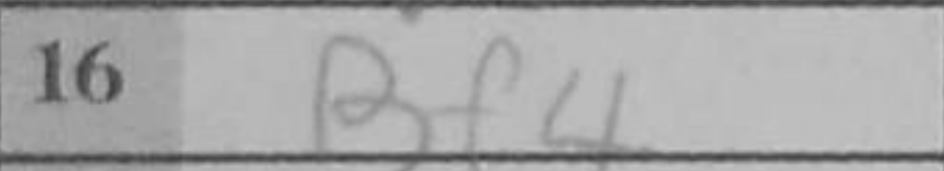
Transcription: Bf4